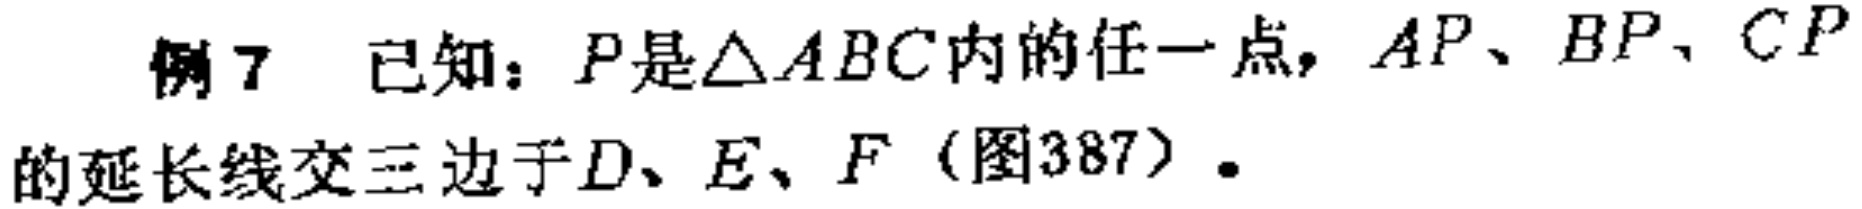
例 7 已知：\(P\)是\(\triangle ABC\)内的任一点，\(AP\)、\(BP\)、\(CP\)的延长线交三边于\(D\)、\(E\)、\(F\)（图387）.